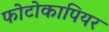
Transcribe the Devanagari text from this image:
फोटोकापियर